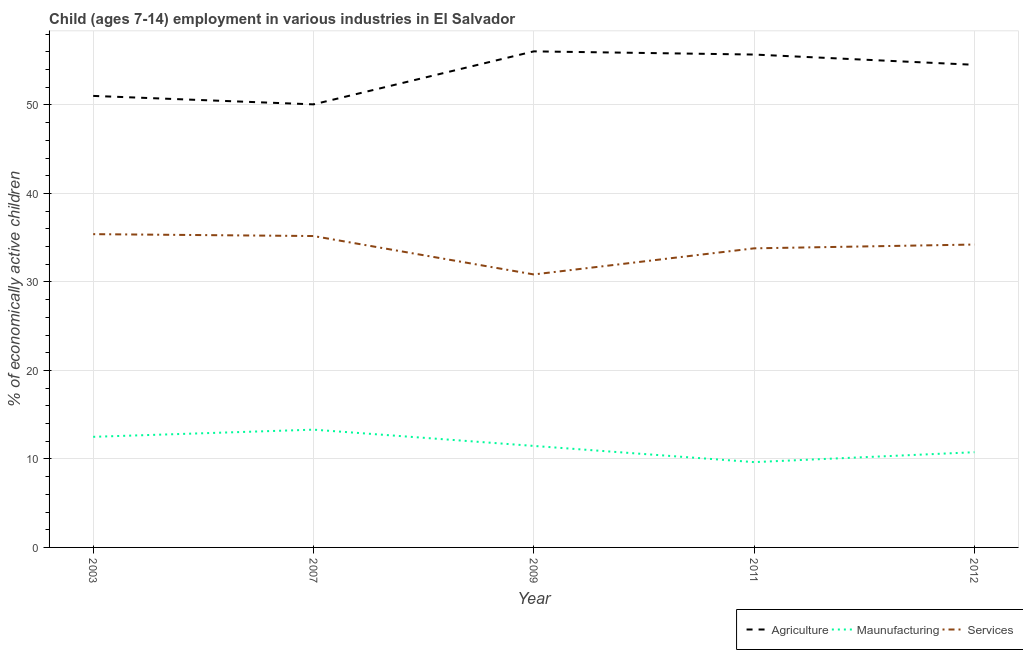
| Year | Agriculture | Maunufacturing | Services |
 | --- | --- | --- | --- |
 | 2003 | 51 | 12.5 | 35.4 |
 | 2007 | 50.1 | 13.3 | 35.2 |
 | 2009 | 56.1 | 11.5 | 30.9 |
 | 2011 | 55.7 | 9.64 | 33.8 |
 | 2012 | 54.5 | 10.8 | 34.2 |